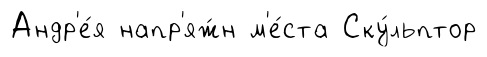
Андр'е́я напр'яж́н м'е́ста Ску́льптор